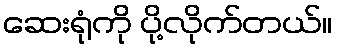
ဆေးရုံကို ပို့လိုက်တယ်။